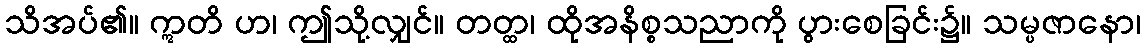
သိအပ်၏။ ဣတိ ဟ၊ ဤသို့လျှင်။ တတ္ထ၊ ထိုအနိစ္စသညာကို ပွားစေခြင်း၌။ သမ္ပဇာနော၊